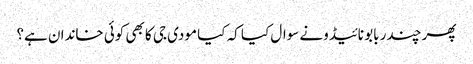
پھر چندر بابو نائیڈونے سوال کیا کہ کیا مودی جی کا بھی کوئی خاندان ہے؟